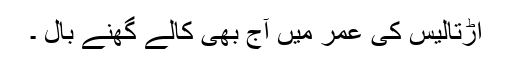
اڑتالیس کی عمر میں آج بھی کالے گھنے بال ۔